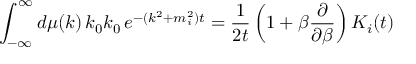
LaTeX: \int _ { - \infty } ^ { \infty } d \mu ( k ) \, k _ { 0 } k _ { 0 } \, e ^ { - ( k ^ { 2 } + m _ { i } ^ { 2 } ) t } = \frac 1 { 2 t } \left( 1 + \beta \frac \partial { \partial \beta } \right) K _ { i } ( t )